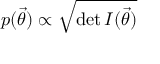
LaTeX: p ( { \vec { \theta } } ) \propto { \sqrt { \operatorname* { d e t } I ( { \vec { \theta } } ) } }